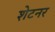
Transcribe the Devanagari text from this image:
शेटनर